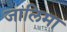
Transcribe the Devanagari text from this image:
जालिमा